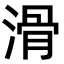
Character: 滑